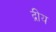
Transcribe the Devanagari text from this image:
द्रीय